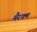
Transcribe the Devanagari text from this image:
मैरक्म